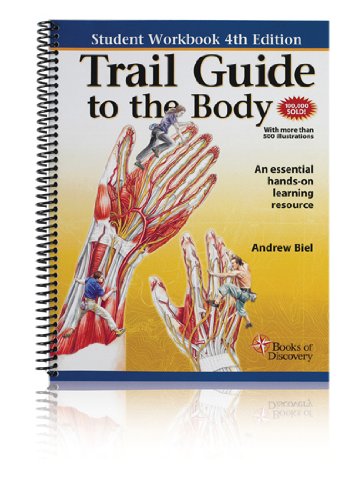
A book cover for Trail Guide to the Body: Student Workbook; Andrew Biel; Health, Fitness & Dieting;